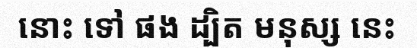
នោះ ទៅ ផង ដ្បិត មនុស្ស នេះ